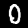
Label: 0